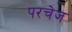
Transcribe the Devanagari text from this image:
परचेज